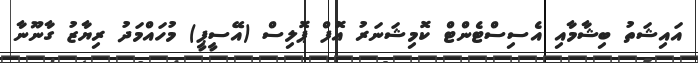
އައިޝަތު ބިޝާމާއި އެސިސްޓެންޓް ކޮމިޝަނަރު އޮފް ޕޮލިސް (އޭސީޕީ) މުހައްމަދު ރިޔާޒު ގާނޫނާ